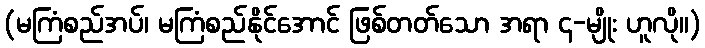
(မကြံစည်အပ်၊ မကြံစည်နိုင်အောင် ဖြစ်တတ်သော အရာ ၄-မျိုး ဟူလို။)